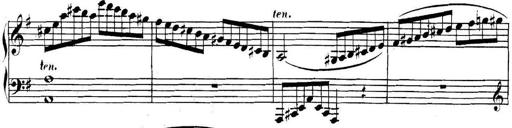
Title: Collected Piano Sonatas
Composer: Muzio Clementi